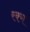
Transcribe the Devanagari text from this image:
रक्म